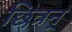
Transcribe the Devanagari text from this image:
छित्रन्